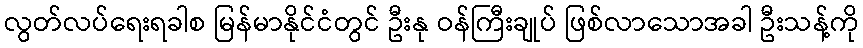
လွတ်လပ်ရေးရခါစ မြန်မာနိုင်ငံတွင် ဦးနု ဝန်ကြီးချုပ် ဖြစ်လာသောအခါ ဦးသန့်ကို